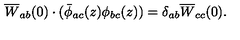
\overline { { W } } _ { a b } ( 0 ) \cdot ( \bar { \phi } _ { a c } ( z ) \phi _ { b c } ( z ) ) = \delta _ { a b } \overline { { W } } _ { c c } ( 0 ) .